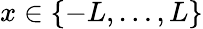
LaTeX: x\in\{ -L,\ldots,L\}